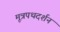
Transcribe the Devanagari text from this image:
मूत्रपथदर्शन